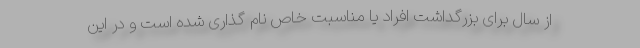
از سال برای بزرگداشت افراد یا مناسبت خاص نام گذاری شده است و در این